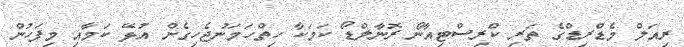
ރިއަލް މެޑްރިޑްގެ ތަރި ކްރިސްޓިއާނޯ ރޮނާލްޑޯ ކަމަކާ ހިތްހަމަނުޖެހިގެން އުޅޭ ކަމާއި މިފަހުން